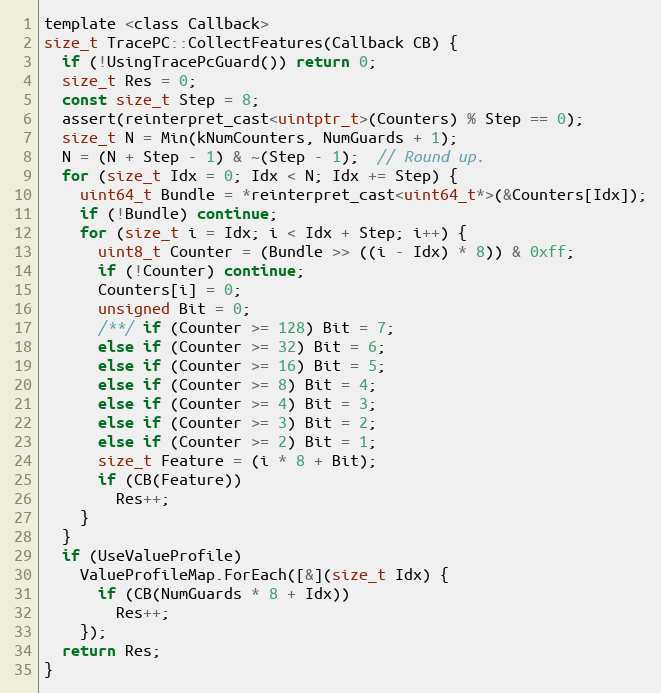
Language: C
template <class Callback>
size_t TracePC::CollectFeatures(Callback CB) {
  if (!UsingTracePcGuard()) return 0;
  size_t Res = 0;
  const size_t Step = 8;
  assert(reinterpret_cast<uintptr_t>(Counters) % Step == 0);
  size_t N = Min(kNumCounters, NumGuards + 1);
  N = (N + Step - 1) & ~(Step - 1);  // Round up.
  for (size_t Idx = 0; Idx < N; Idx += Step) {
    uint64_t Bundle = *reinterpret_cast<uint64_t*>(&Counters[Idx]);
    if (!Bundle) continue;
    for (size_t i = Idx; i < Idx + Step; i++) {
      uint8_t Counter = (Bundle >> ((i - Idx) * 8)) & 0xff;
      if (!Counter) continue;
      Counters[i] = 0;
      unsigned Bit = 0;
      /**/ if (Counter >= 128) Bit = 7;
      else if (Counter >= 32) Bit = 6;
      else if (Counter >= 16) Bit = 5;
      else if (Counter >= 8) Bit = 4;
      else if (Counter >= 4) Bit = 3;
      else if (Counter >= 3) Bit = 2;
      else if (Counter >= 2) Bit = 1;
      size_t Feature = (i * 8 + Bit);
      if (CB(Feature))
        Res++;
    }
  }
  if (UseValueProfile)
    ValueProfileMap.ForEach([&](size_t Idx) {
      if (CB(NumGuards * 8 + Idx))
        Res++;
    });
  return Res;
}